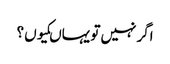
اگر نہیں تو یہاںکیوں ؟